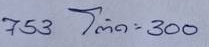
753 = โต๊ด - 300